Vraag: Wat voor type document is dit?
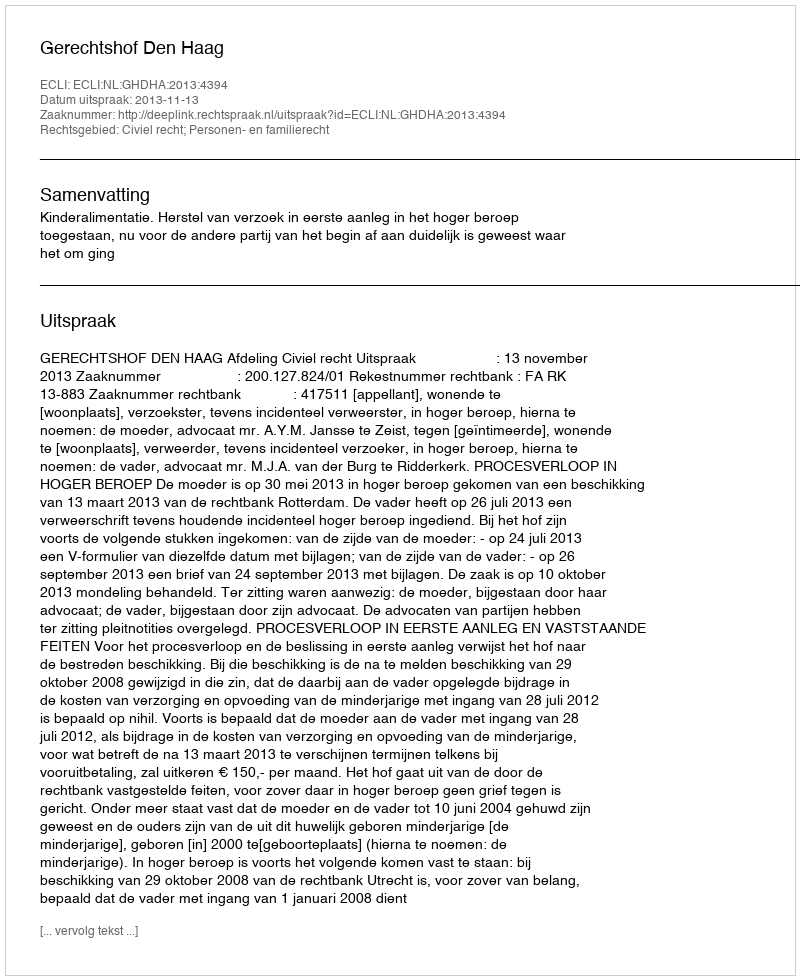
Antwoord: Uitspraak